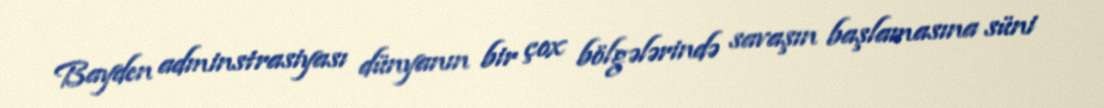
Bayden adminstrasiyası dünyanın bir çox bölgələrində savaşın başlamasına süni